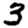
Digit: 3